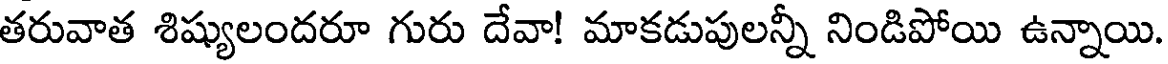
తరువాత శిష్యులందరూ గురు దేవా! మాకడుపులన్నీ నిండిపోయి ఉన్నాయి.